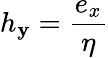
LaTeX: h_{\mathbf{y}}={\frac{{e_{x}}}{{\eta}}}